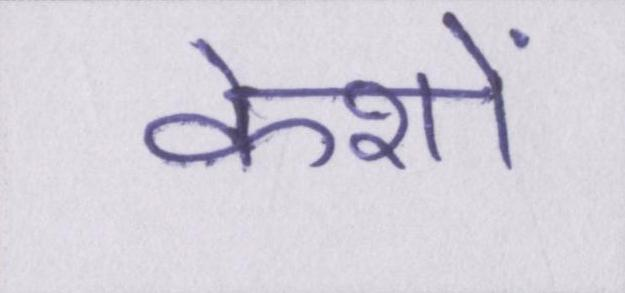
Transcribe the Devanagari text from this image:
केशों